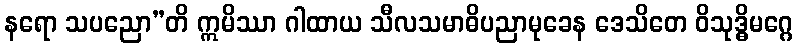
နရော သပညော”တိ ဣမိဿာ ဂါထာယ သီလသမာဓိပညာမုခေန ဒေသိတေ ဝိသုဒ္ဓိမဂ္ဂေ